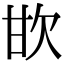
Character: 𣢟